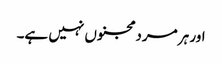
اور ہر مرد مجنوں نہیں ہے۔